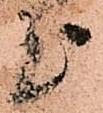
上